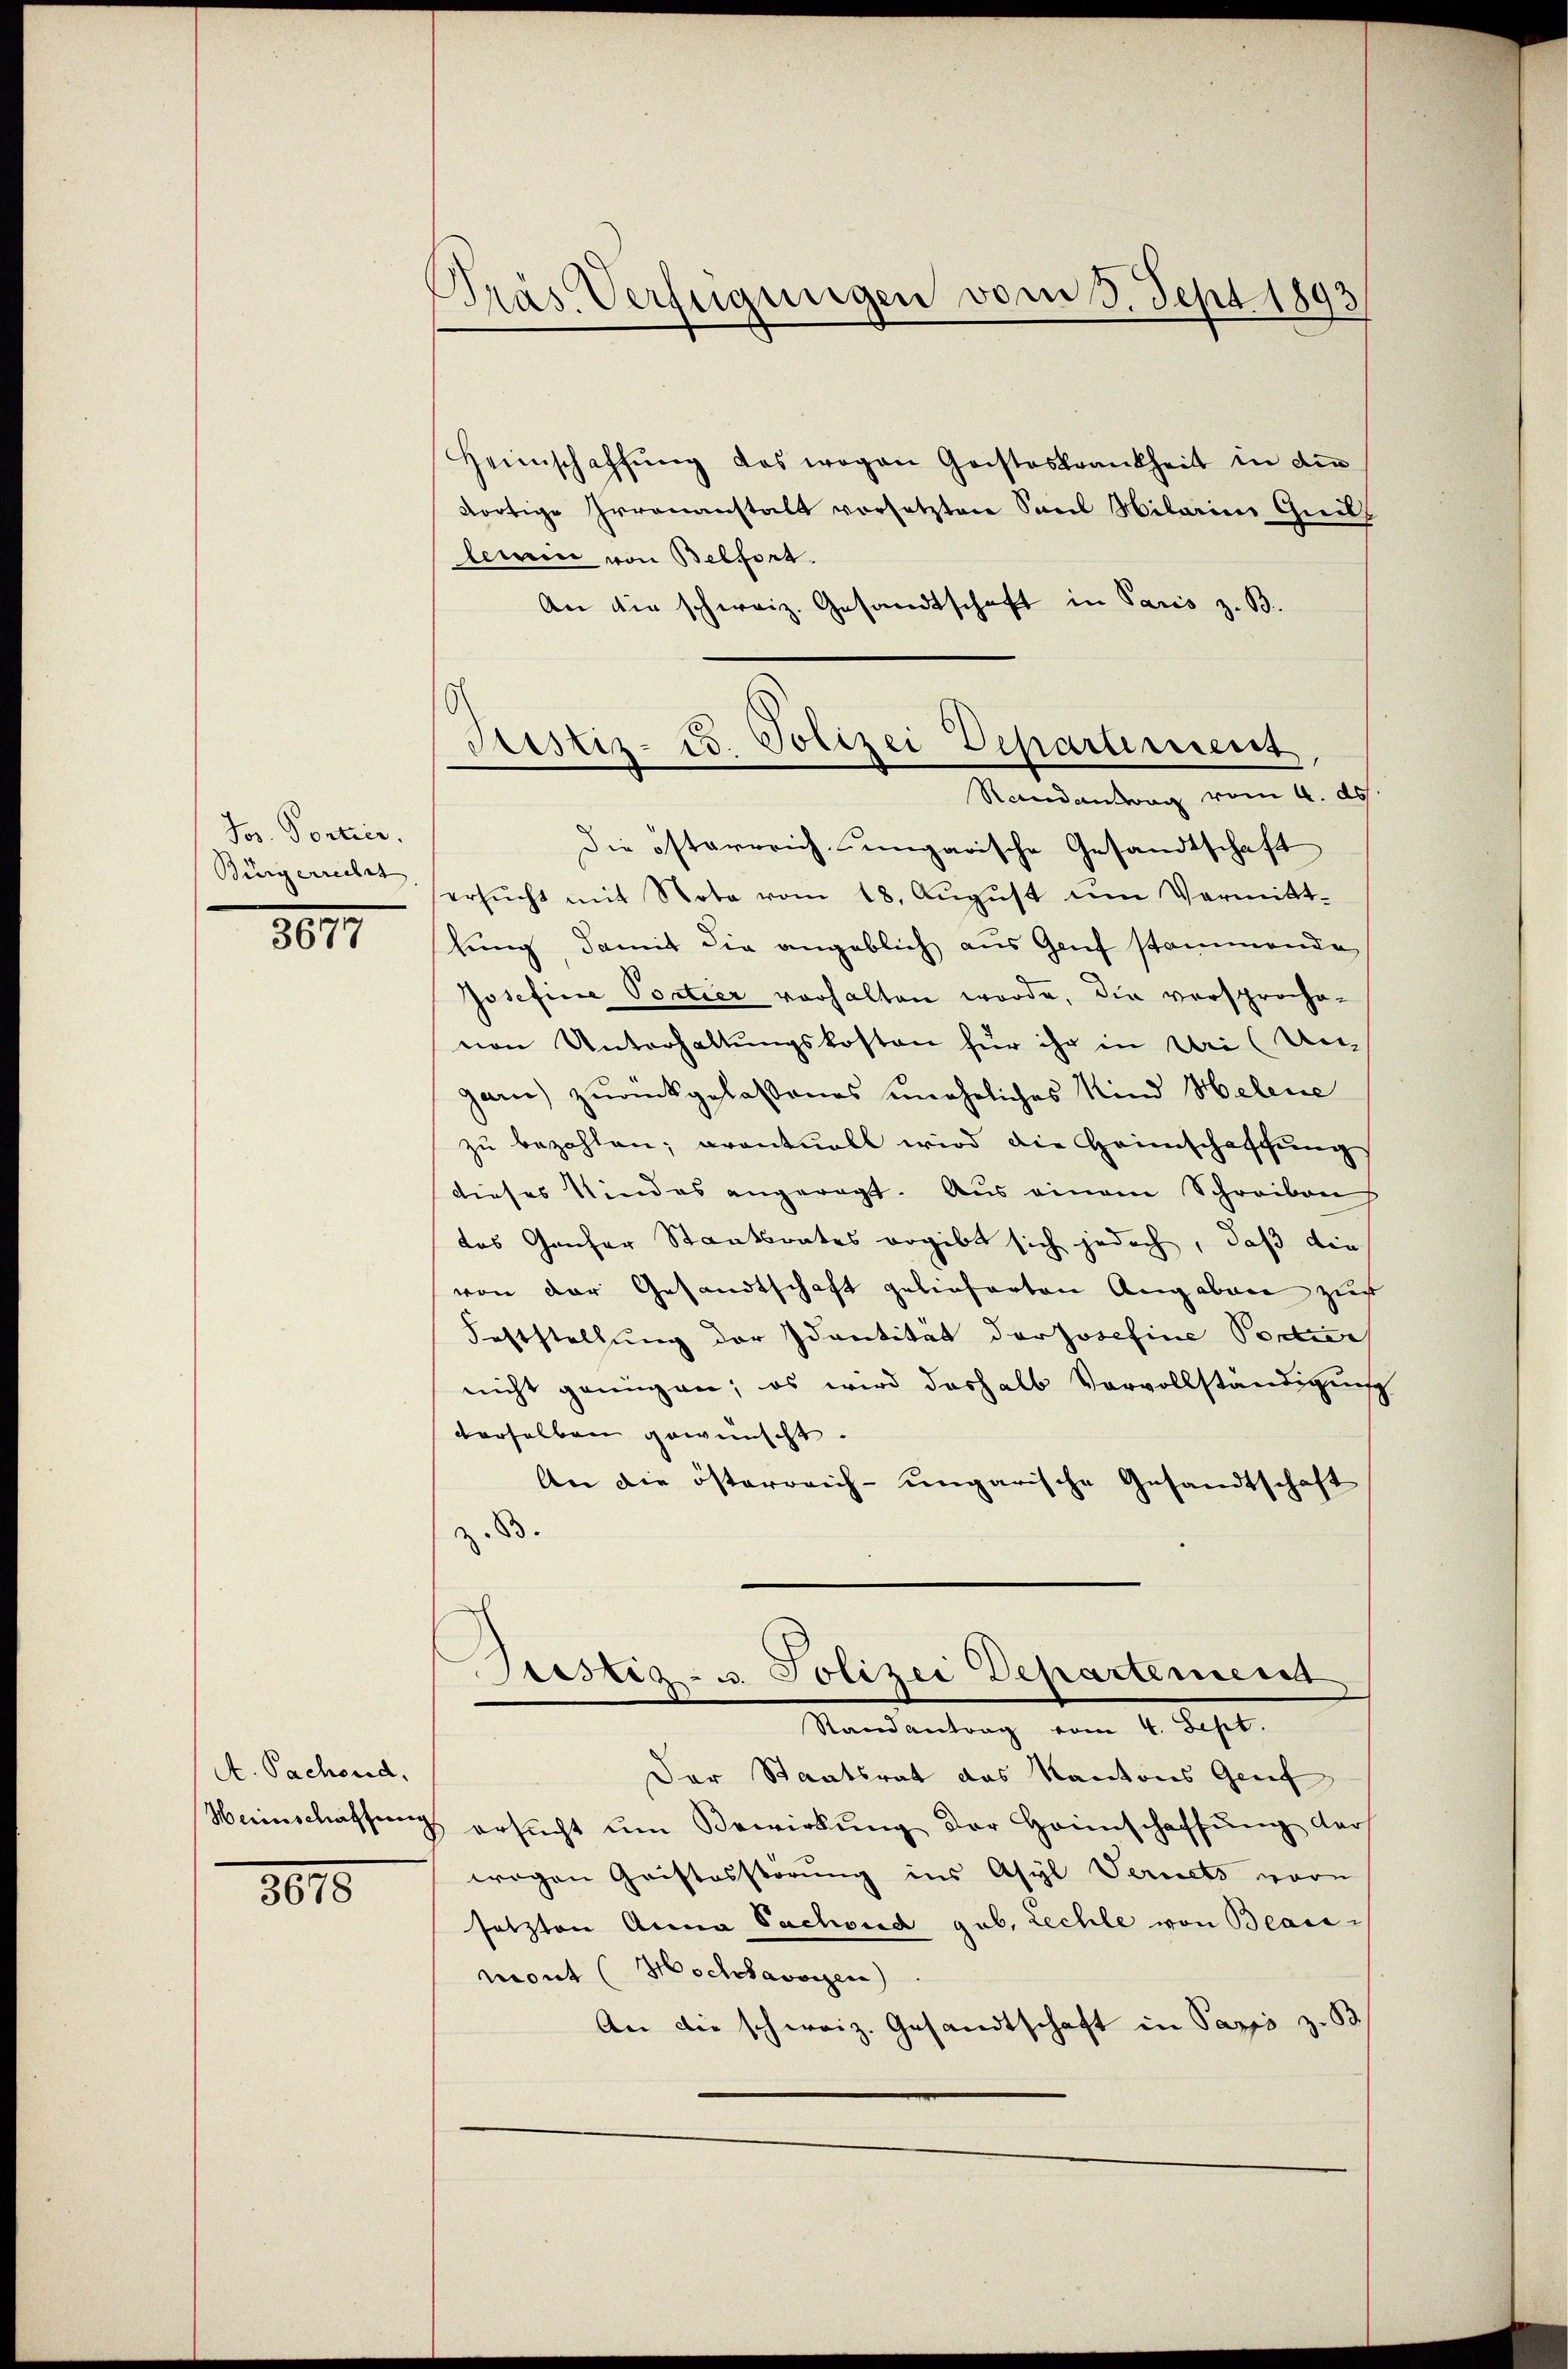
Jos. Portier.
Bürgerreisst

8017

A. Pachend,

8015

Pras Verfügungen vom 3. Sept 1893

Astiz- u. Polizei Departement
Randantag vom 4. ds.

Heimschaffŭng das wegen Geisteskrankheit in die
dortige Irrenanstalt vorsetzten Saal Milarii Guill
lerin von Belfort.
An die schweiz. Gesandtschaft in Paris z. B.
Die österreich-ungarische Gesandtschaft
ersŭcht mit Nota vom 18. August um Vermittlung, damit die angeblich aus Genf stammende
Josefine Portier vorhalten werde, die versprochevon Unterhaltungskosten für ihr in Uri (Un
garn) zurückgelassenes uneheliches Kind Helene
zu bezahlen; avantuell wird die Heimschaffung
dieses Kindes angeregt. Aus einem Schreiben
das Ganfer Staatsrates ergibt sich jedoch, daß die
von der Gesandtschaft gelieferten Angaben zur
Feststellung der Identität der Josefine Podia
nicht genügen; es wird deshalb Vorvollständigung
derselben gewünscht.
An die österreich-ungarische Gesandtschaft
z. 83.
Sistig- u. Polizei Departement
Randantrag vom 4. Sept.
Der Staatsrat das Kantons Genf
Weinschaffung ersŭcht ŭm Bewirkung der Heimschaffŭng der
wegen Quistosstörung ins Asyl Vernets vor
setzten Anna Sachsud gub. Lechle von Beausmont (Hochdavoren)
An die schweiz. Gesandtschaft in Papps zu